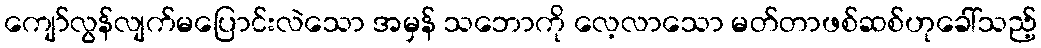
ကျော်လွန်လျက်မပြောင်းလဲသော အမှန် သဘောကို လေ့လာသော မတ်တာဖစ်ဆစ်ဟုခေါ်သည့်